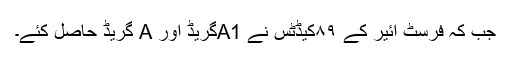
جب کہ فرسٹ ائیر کے ۸۹کیڈٹس نے A1گریڈ اور A گریڈ حاصل کئے۔